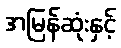
အမြန်ဆုံးနှင့်